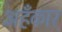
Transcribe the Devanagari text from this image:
अहँकार